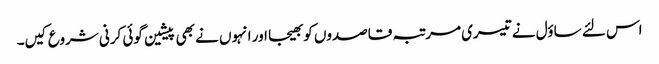
اس لئے ساؤل نے تیسری مرتبہ قاصدوں کو بھیجا اور انہوں نے بھی پیشین گوئی کرنی شروع کیں۔